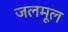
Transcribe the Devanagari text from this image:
जलमूल